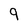
Character: 9